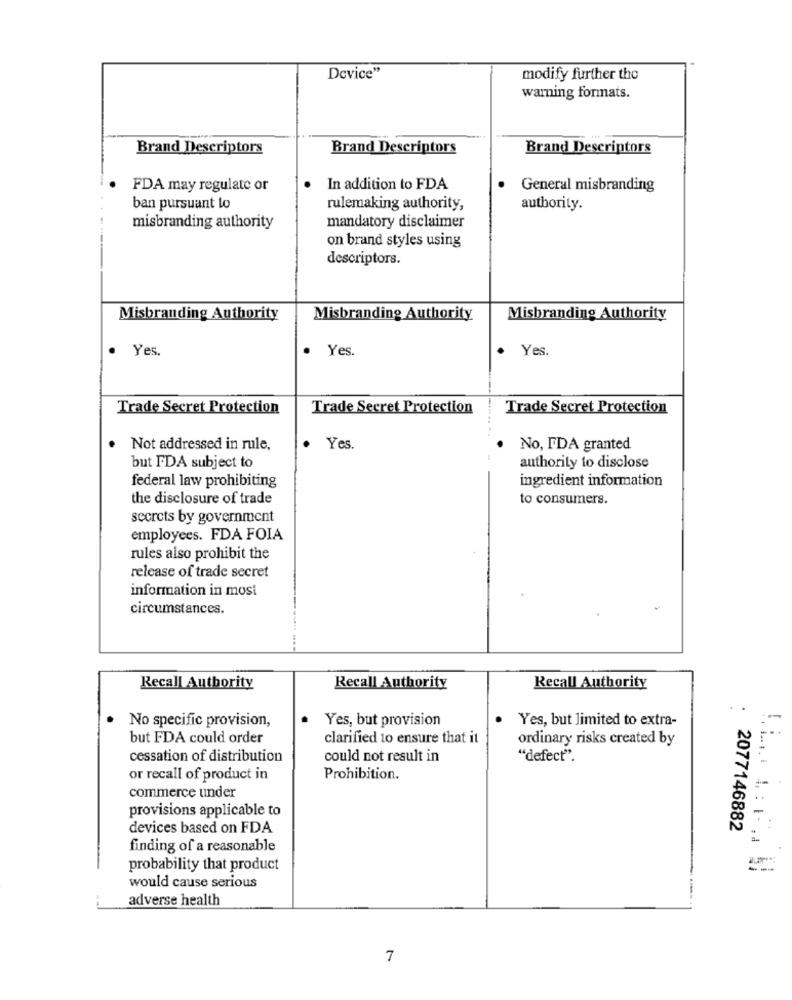
Device"
modify further the
warning formats.
Brand Descriptors
Brand Descriptors
Brand Descriptors
FDA may regulate or
In addition to FDA
General misbranding
ban pursuant lo
rulemaking authority,
authority.
misbranding authority
mandatory disclaimer
on brand styles using
descriptors.
Misbranding Authority
Misbranding Authority
Misbranding Authority
Yes.
Yes.
Yes.
Trade Secret Protection
Trade Secret Protection
Trade Secret Protection
Not addressed in rule,
. Yes.
No, FDA granted
but FDA subject to
authority to disclose
federal law prohibiting
ingredient information
the disclosure of trade
to consumers.
secrets by government
employees. FDA FOIA
rules also prohibit the
release of trade secret
information in most
circumstances.
Recall Authority
Recall Authority
Recall Authority
No specific provision,
· Yes, but provision
Yes, but limited to extra-
but FDA could order
clarified to ensure that it
ordinary risks created by
cessation of distribution
could not result in
"defect".
or recall of product in
Prohibition.
commerce under
provisions applicable to
devices based on FDA
2077146882
finding of a reasonable
probability that product
would cause serious
adverse health
7